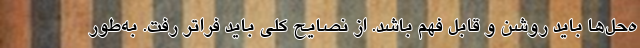
ه‌حل‌ها باید روشن و قابل فهم باشد. از نصایح کلی باید فراتر رفت. به‌طور